Annual administration report of the Civil Veterinary Department of India - 1895-1896
Year: 1895
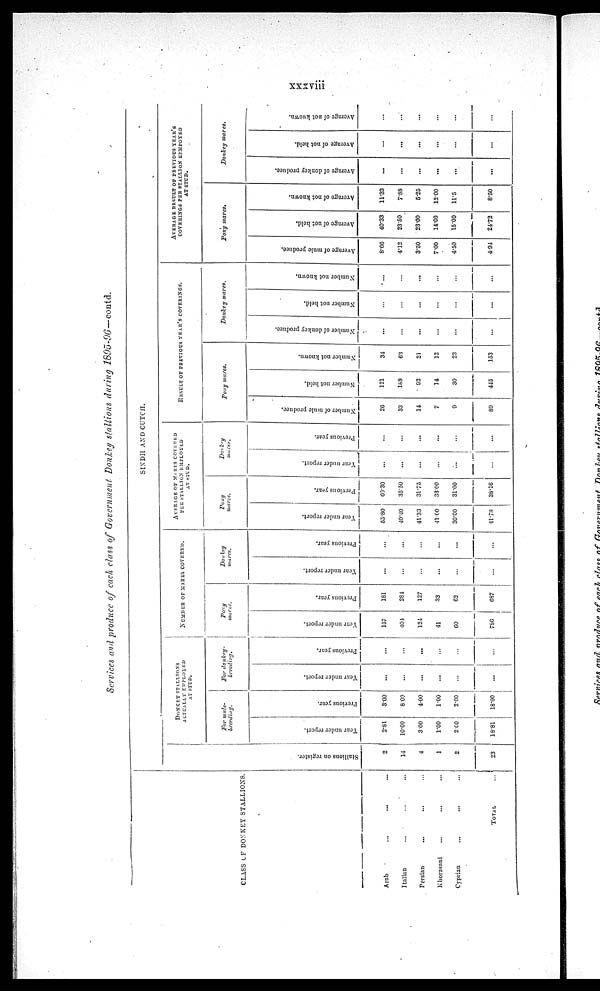
xxxviii
Services and produce of each class of Government Donkey stallions during 1895-96—contd.
CLASS OF DONKEY STALLIONS
Arab ... ... ...
Italian ... ... ...
Persian ... ... ...
Khorasani ... ... ...
Cyprian ... ... ...
TOTAL
...
SINDH AND CUTCH.
St al l
i
ons on register.
2
14
4
1
2
23
DONKEY STALLIONS
ACTUALLY EMPLOYED
AT STUD
For mule-
breeding.
Year under report.
2.81
10.00
3 00
1.00
2.00
18.81
Previous year.
3.00
8 00
4.00
1.00
2.00
18.00
For donkey-
breeding.
Year under report.
...
...
...
...
...
...
Previous year.
...
...
...
...
...
...
NUMBER OF MARES COVERED
Pony
mures.
Year under report.
157
401
124
41
60
786
Previous year.
181
284
127
33
62
687
Donkey
mares.
Year under report.
...
...
...
...
...
...
Previous year.
...
...
...
...
...
...
AVERAGE OF MARES COVERED
PER STALLION EMPLOYED
Pony
mares.
Year under report.
55.80
40.40
41.33
41.00
30.00
41.78
Previous year.
69.30
35.50
31.75
3300
31.00
38.16
Donkey
mares.
Year under report.
...
...
...
...
...
...
Previous year.
...
...
...
...
...
...
RESULT OF PERVIOUS YEAR'S COVERINGS.
Pony mares.
Number of mule produce.
26
33
14
7
9
89
Number not held.
121
168
03
14
30
4J5
Number not known.
34
63
21
12
23
153
Donkey
mares.
Number of donkey produce.
...
...
...
...
...
...
Number not held.
...
...
...
...
...
...
Number
not known.
...
...
...
...
...
...
AVERAGE RESULT OF PREVIOUS YEAR'S
Pony mares.
Average of mule produce.
8.66
4.12
3.50
7.00
4.50
4.94
Average of not held.
40.33
23.50
23.00
14.00
15.00
24.72
Average of not known.
11.33
7.88
5.25
12 00
11.5
8.50
Donkey
mares.
Average of donkey produce.
...
...
...
...
...
...
Average of not held.
...
...
...
...
...
...
Average of not known.
...
...
...
...
...
...